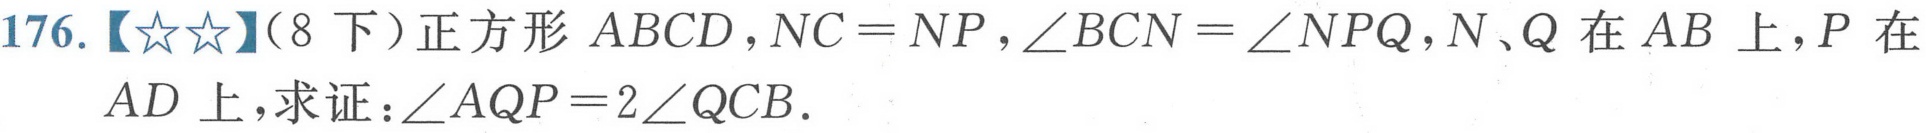
176.【★★】（8下）正方形\(ABCD\)，\(NC = NP\)，\(\angle BCN=\angle NPQ\)，\(N、Q\)在\(AB\)上，\(P\)在
\(AD\)上，求证：\(\angle AQP = 2\angle QCB\).